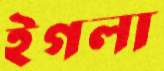
ইগলা